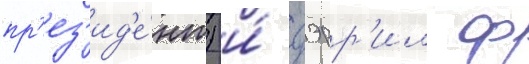
пр'ез'ид'е́нт) и́ дэрр'ил ф